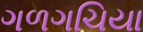
ગળગચિયા